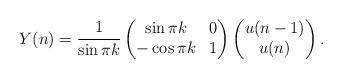
LaTeX: \begin{align*}Y(n)=\frac{1}{\sin\pi k}\begin{pmatrix}\sin \pi k & 0\\-\cos \pi k & 1\end{pmatrix}\begin{pmatrix}u(n-1)\\u(n)\end{pmatrix}.\end{align*}